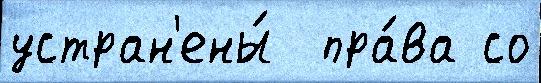
устран'ены́  пра́ва со